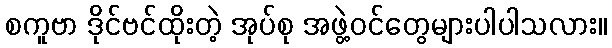
စကူဗာ ဒိုင်ဗင်ထိုးတဲ့ အုပ်စု အဖွဲ့ဝင်တွေများပါပါသလား။